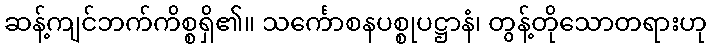
ဆန့်ကျင်ဘက်ကိစ္စရှိ၏။ သင်္ကောစနပစ္စုပဋ္ဌာနံ၊ တွန့်တိုသောတရားဟု